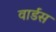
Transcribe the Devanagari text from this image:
वार्डस